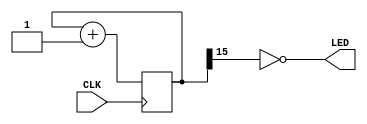
module blink2(input CLK, output LED);
    reg [25:0] counter;

    assign LED = ~counter[15];

    initial begin
        counter = 0;
    end

    always @(posedge CLK) begin
        counter <= counter + 1;
    end

endmodule